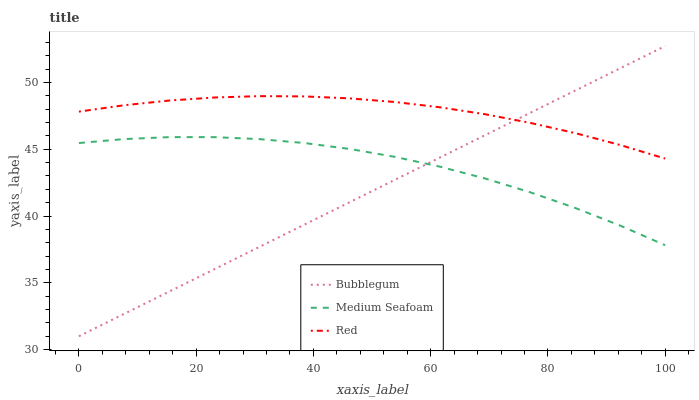
| xaxis_label | Bubblegum | Medium Seafoam | Red |
 | --- | --- | --- | --- |
 | 0 | 31 | 45.5 | 47.8 |
 | 7.69 | 32.7 | 45.8 | 48.3 |
 | 15.4 | 34.3 | 45.9 | 48.6 |
 | 23.1 | 36 | 45.9 | 48.9 |
 | 30.8 | 37.7 | 45.8 | 49 |
 | 38.5 | 39.4 | 45.5 | 49 |
 | 46.2 | 41 | 45 | 48.8 |
 | 53.8 | 42.7 | 44.4 | 48.5 |
 | 61.5 | 44.4 | 43.7 | 48.1 |
 | 69.2 | 46 | 42.8 | 47.6 |
 | 76.9 | 47.7 | 41.8 | 47 |
 | 84.6 | 49.4 | 40.6 | 46.2 |
 | 92.3 | 51.1 | 39.3 | 45.3 |
 | 100 | 52.7 | 37.8 | 44.3 |